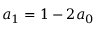
a _ { 1 } = 1 - 2 a _ { 0 }